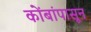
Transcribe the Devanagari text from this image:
कोंबांपासून